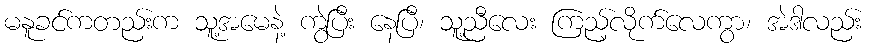
မနူခင်ကတည်းက သူ့အမေနဲ့ ကွဲပြီး နေပြီ၊ သူ့ညီလေး ကြည့်လိုက်လေကွာ၊ အဲဒါလည်း